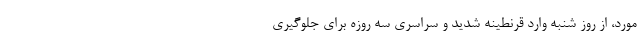
مورد، از روز شنبه وارد قرنطینه شدید و سراسری سه روزه برای جلوگیری